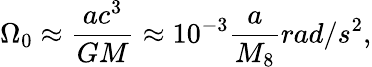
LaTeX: \Omega_{0}\approx\frac{ac^{3}}{GM}\approx 10^{-3}\frac{a}{M_{8}}rad/s^{2},